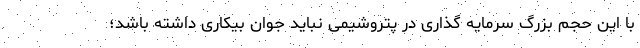
با این حجم بزرگ سرمایه گذاری در پتروشیمی نباید جوان بیکاری داشته باشد؛